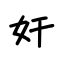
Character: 奸